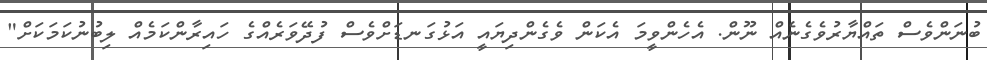
ބުނަންވެސް ތައްޔާރުވެގެނެެއް ނޫން. އެހެންވީމަ އެކަން ވެގެންދިޔައީ އަޅުގަނޑަށްވެސް ފުދޭވަރެއްގެ ހައިރާންކަމެެއް ލިބުނުކަމަކަށް"